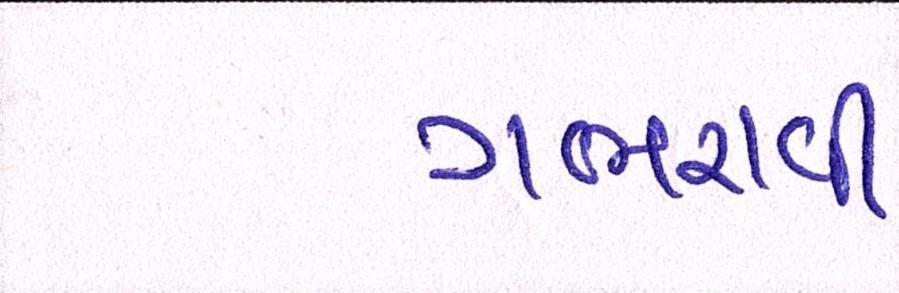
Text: ગભરાવી